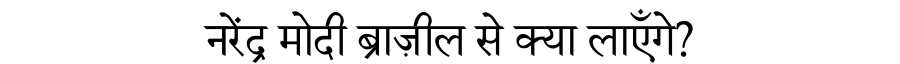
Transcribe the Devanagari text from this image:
नरेंद्र मोदी ब्राज़ील से क्या लाएँगे?